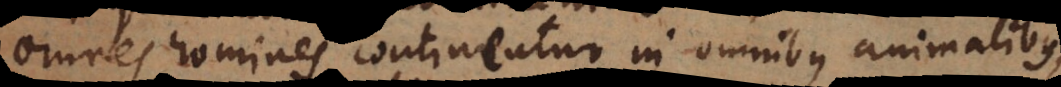
omnes homines continentur in omnibus animalibus,